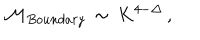
LaTeX: { \cal M } _ { B o u n d a r y } \, \sim \, K ^ { 4 - \Delta } \, ,